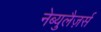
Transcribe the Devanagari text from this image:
नेब्युलैज़र्स